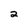
Character: 2